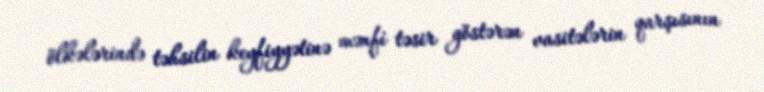
ölkələrində təhsilin keyfiyyətinə mənfi təsir göstərən vasitələrin qarşısının